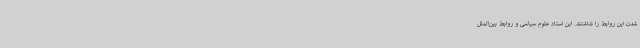
شدن این روابط را نداشتند. این استاد علوم سیاسی و روابط بین‌الملل